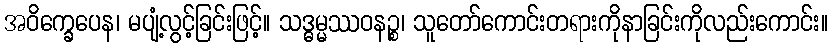
အဝိက္ခေပေန၊ မပျံ့လွင့်ခြင်းဖြင့်။ သဒ္ဓမ္မဿဝနဉ္စ၊ သူတော်ကောင်းတရားကိုနာခြင်းကိုလည်းကောင်း။